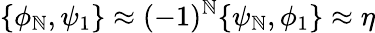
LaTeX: \{ \phi_{\mathbb{N}},\psi_{1}\} \approx(-1)^{\mathbb{N}}\{ \psi_{\mathbb{N}},\phi_{1}\} \approx\eta